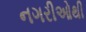
નગરીઓથી